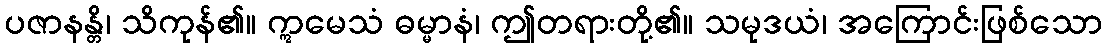
ပဇာနန္တိ၊ သိကုန်၏။ ဣမေသံ ဓမ္မာနံ၊ ဤတရားတို့၏။ သမုဒယံ၊ အကြောင်းဖြစ်သော